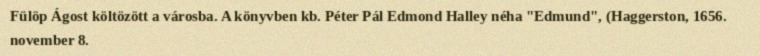
Fülöp Ágost költözött a városba. A könyvben kb. Péter Pál Edmond Halley néha "Edmund", (Haggerston, 1656. november 8.